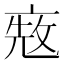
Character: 𠅨